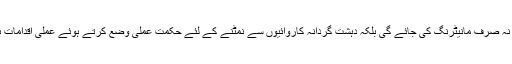
اس کنٹرول روم میں نہ صرف مانیٹرنگ کی جائے گی بلکہ دہشت گردانہ کاروائیوں سے نمٹنے کے لئے حکمت عملی وضع کرتے ہوئے عملی اقدامات بھی کئے جائیں گے۔